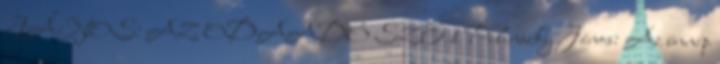
JÁNOS: AZ ODAADÓ SZE 1 Pilinszky János: Az ünnep